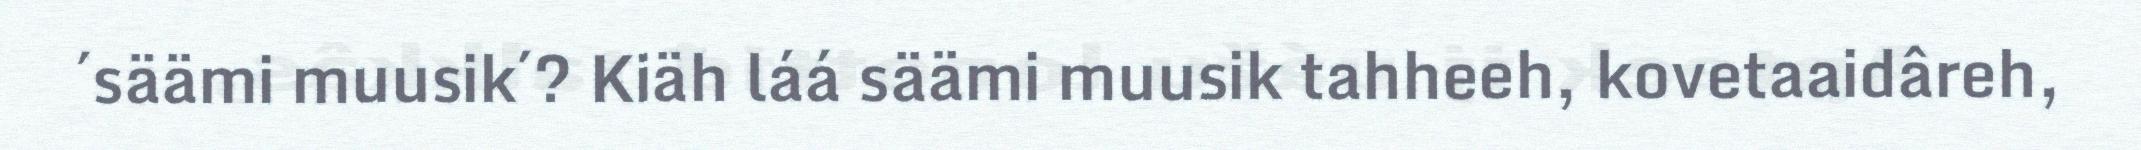
´säämi muusik´? Kiäh láá säämi muusik tahheeh, kovetaaidâreh,